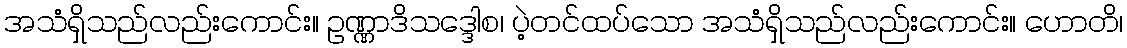
အသံရှိသည်လည်းကောင်း။ ဥဏ္ဏာဒိသဒ္ဒေါစ၊ ပဲ့တင်ထပ်သော အသံရှိသည်လည်းကောင်း။ ဟောတိ၊